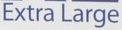
Extra Large